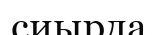
сиырда